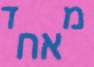
מאחד